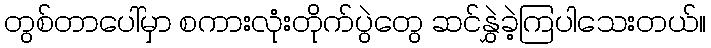
တွစ်တာပေါ်မှာ စကားလုံးတိုက်ပွဲတွေ ဆင်နွှဲခဲ့ကြပါသေးတယ်။